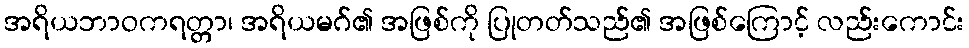
အရိယဘာဝကရတ္တာ၊ အရိယမဂ်၏ အဖြစ်ကို ပြုတတ်သည်၏ အဖြစ်ကြောင့် လည်းကောင်း